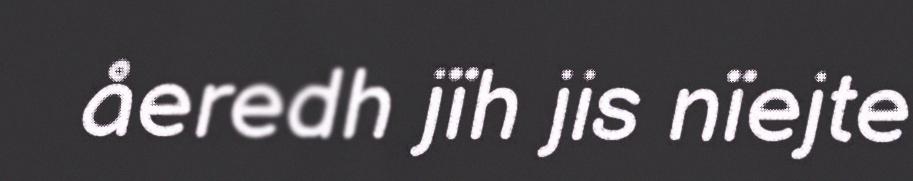
åeredh jïh jis nïejte